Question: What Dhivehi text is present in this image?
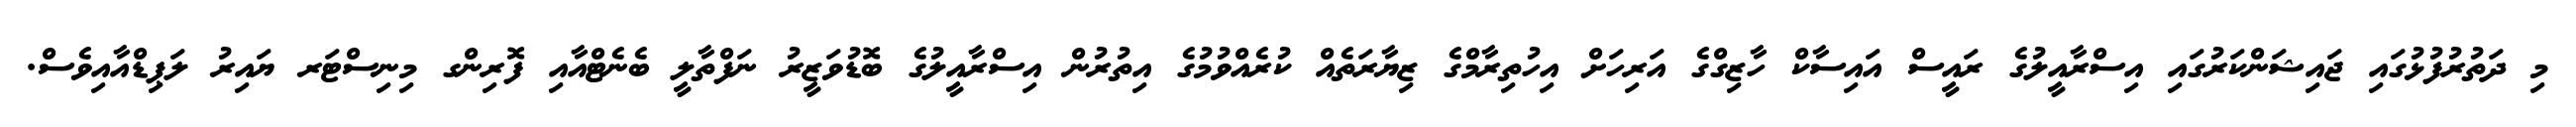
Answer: މި ދަތުރުފުޅުގައި ޖައިޝަންކަރުގައި އިސްރާއީލުގެ ރައީސް އައިސާކް ހާޒިގްގެ އަރިހަށް އިހުތިރާމްގެ ޒިޔާރަތެއް ކުރެއްވުމުގެ އިތުރުން އިސްރާއީލުގެ ބޮޑުވަޒީރު ނަފްތާލީ ބެނެޓްއާއި ފޮރިންގ މިނިސްޓަރ ޔައިރު ލަޕިޑްއާއިވެސް.